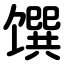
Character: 馔